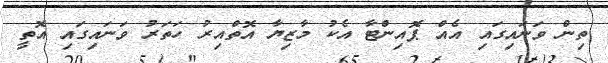
ތިން ވަނައިގައި އެއް ޕޮއިންޓާ އެކު މާޒިޔާ އޮތްއިރު ހަތަރު ވަނައިގައި އޮތީ